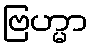
ဗြဟ္မာ